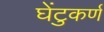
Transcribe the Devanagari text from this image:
घेंटुकर्ण